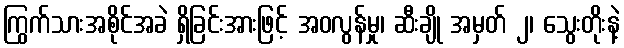
ကြွက်သားအစိုင်အခဲ ရှိခြင်းအားဖြင့် အဝလွန်မှု၊ ဆီးချို အမှတ် ၂၊ သွေးတိုးနဲ့